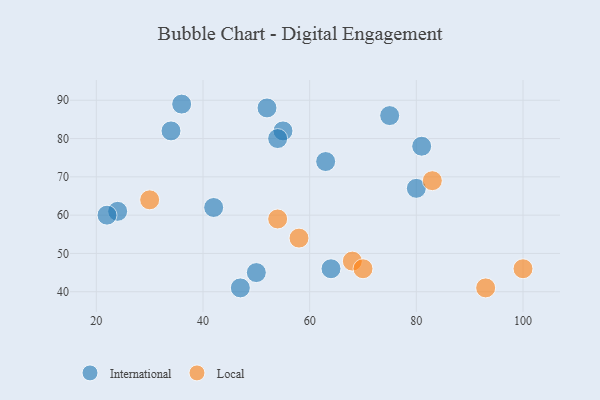
{"axis": {"x": "GDP", "y": "Life Expectancy"}, "legend": ["International", "Local"], "data": [{"x": "24", "y": 61, "type": "International"}, {"x": "75", "y": 86, "type": "International"}, {"x": "42", "y": 62, "type": "International"}, {"x": "22", "y": 60, "type": "International"}, {"x": "63", "y": 74, "type": "International"}, {"x": "55", "y": 82, "type": "International"}, {"x": "64", "y": 46, "type": "International"}, {"x": "47", "y": 41, "type": "International"}, {"x": "54", "y": 80, "type": "International"}, {"x": "36", "y": 89, "type": "International"}, {"x": "52", "y": 88, "type": "International"}, {"x": "50", "y": 45, "type": "International"}, {"x": "81", "y": 78, "type": "International"}, {"x": "34", "y": 82, "type": "International"}, {"x": "80", "y": 67, "type": "International"}, {"x": "68", "y": 48, "type": "Local"}, {"x": "100", "y": 46, "type": "Local"}, {"x": "70", "y": 46, "type": "Local"}, {"x": "58", "y": 54, "type": "Local"}, {"x": "93", "y": 41, "type": "Local"}, {"x": "54", "y": 59, "type": "Local"}, {"x": "30", "y": 64, "type": "Local"}, {"x": "83", "y": 69, "type": "Local"}]}